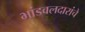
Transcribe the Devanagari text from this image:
भांडवलदारांचे